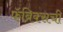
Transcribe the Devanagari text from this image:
फॅब्रिक्सची